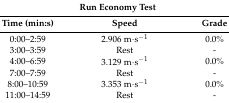
<table><thead><tr><td colspan="3"><b>Run Economy Test</b></td></tr><tr><td><b>Time (min:s)</b></td><td><b>Speed</b></td><td><b>Grade</b></td></tr></thead><tbody><tr><td>0:00–2:59</td><td>2.906 m·s<sup>−1</sup></td><td>0.0%</td></tr><tr><td>3:00–3:59</td><td>Rest</td><td>-</td></tr><tr><td>4:00–6:59</td><td>3.129 m·s<sup>−1</sup></td><td>0.0%</td></tr><tr><td>7:00–7:59</td><td>Rest</td><td>-</td></tr><tr><td>8:00–10:59</td><td>3.353 m·s<sup>−1</sup></td><td>0.0%</td></tr><tr><td>11:00–14:59</td><td>Rest</td><td>-</td></tr></tbody></table>